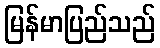
မြန်မာပြည်သည်